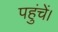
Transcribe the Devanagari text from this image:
पहुंचें।